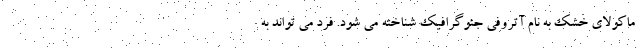
ماکولای خشک به نام آتروفی جئوگرافیک شناخته می شود. فرد می تواند به